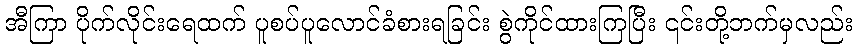
အီကြာ ပိုက်လိုင်းရေထက် ပူစပ်ပူလောင်ခံစားရခြင်း စွဲကိုင်ထားကြပြီး ၎င်းတို့ဘက်မှလည်း